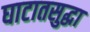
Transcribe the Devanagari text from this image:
घाटातसुद्धा